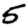
Digit: 5